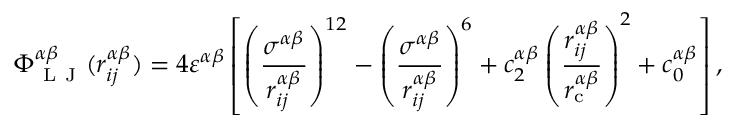
\Phi _ { \mathrm { ~ L ~ J ~ } } ^ { \alpha \beta } ( r _ { i j } ^ { \alpha \beta } ) = 4 \varepsilon ^ { \alpha \beta } \left[ \left( \frac { \sigma ^ { \alpha \beta } } { r _ { i j } ^ { \alpha \beta } } \right) ^ { 1 2 } - \left( \frac { \sigma ^ { \alpha \beta } } { r _ { i j } ^ { \alpha \beta } } \right) ^ { 6 } + c _ { 2 } ^ { \alpha \beta } \left( \frac { r _ { i j } ^ { \alpha \beta } } { r _ { \mathrm { c } } ^ { \alpha \beta } } \right) ^ { 2 } + c _ { 0 } ^ { \alpha \beta } \right] ,